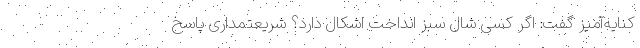
کنایه‌آمیز گفت: اگر کسی شال سبز انداخت اشکال دارد؟ شریعتمداری پاسخ